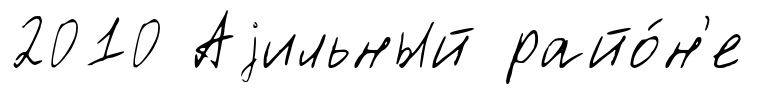
2010 Аjильный райо́н'е